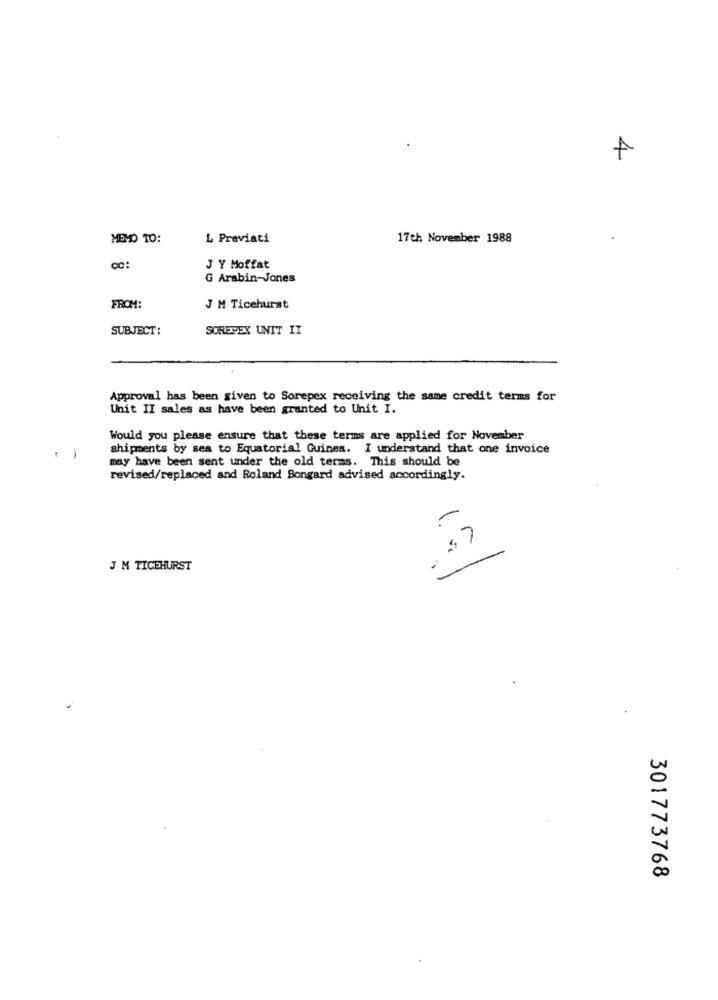
MEMO TO:
L Previati
17th November 1988
J Y Moffat
G Arabin-Jones
FROM:
J M Ticehurst
SUBJECT:
SOREPEX UNIT II
Approval has been given to Sorepex receiving the same credit terms for
Unit II sales as have been granted to Unit I.
Would you please ensure that these terms are applied for November
-
shipments by sea to Equatorial Guinea. I understand that one invoice
may have been sent under the old terms. This should be
revised/replaced and Roland Bongard advised accordingly.
J M TICEHURST
301773768